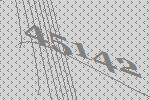
45142